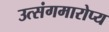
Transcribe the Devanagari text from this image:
उत्संगमारोप्य